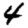
Digit: 4